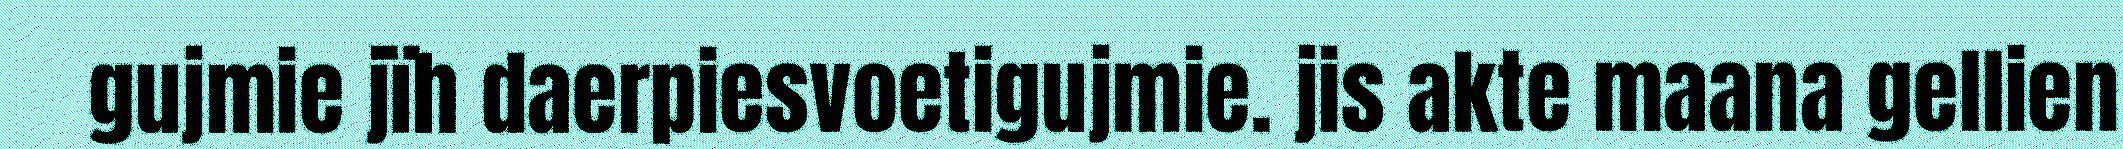
gujmie jïh daerpiesvoetigujmie. jis akte maana gellien